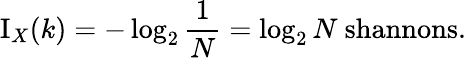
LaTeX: \operatorname{I}_{X}(k)=-\log_{2}{\frac{1}{N}}=\log_{2}{N}{\mathrm{~shannons}}.